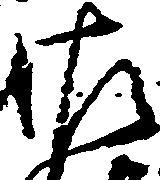
佐